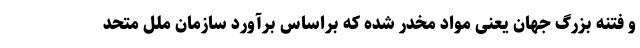
و فتنه بزرگ جهان یعنی مواد مخدر شده که براساس برآورد سازمان ملل متحد